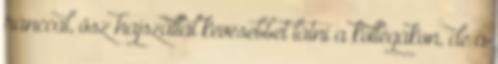
ránccal, ősz hajszállal kevesebbet látni a kollégákon, de a